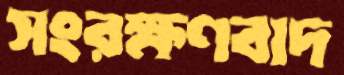
সংরক্ষণবাদ